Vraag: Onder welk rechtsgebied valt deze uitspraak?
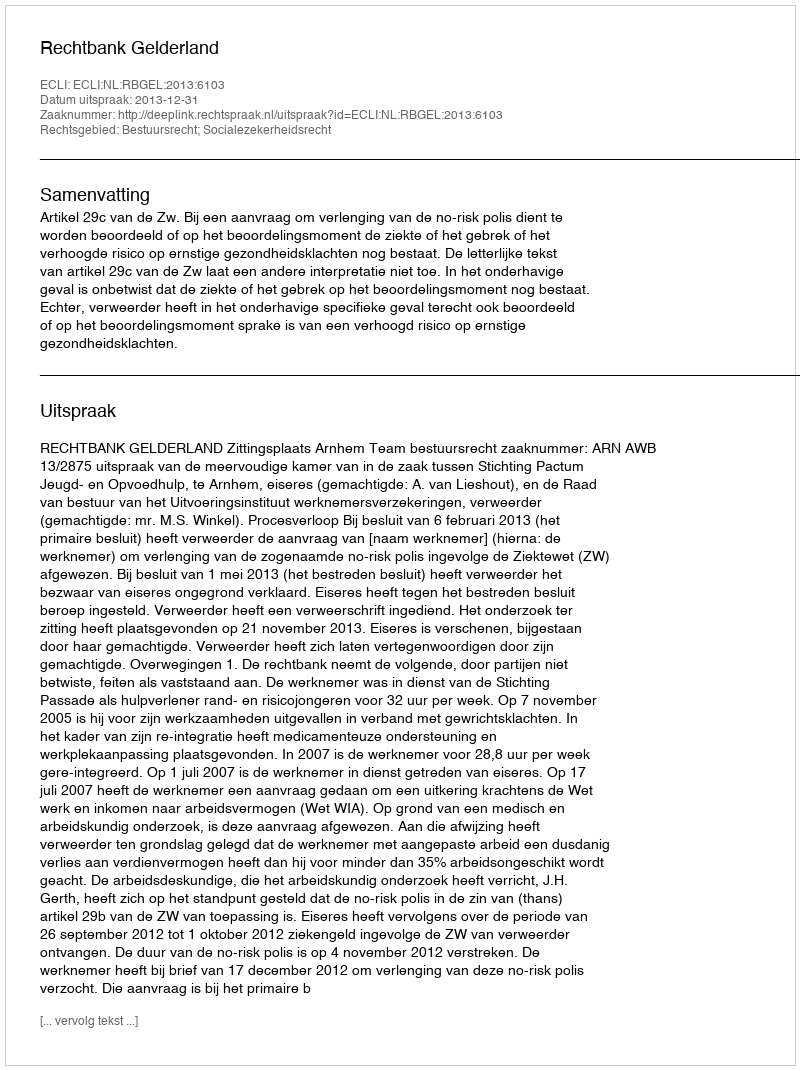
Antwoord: Bestuursrecht; Socialezekerheidsrecht